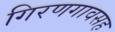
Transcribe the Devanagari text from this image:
गिरणगावसह